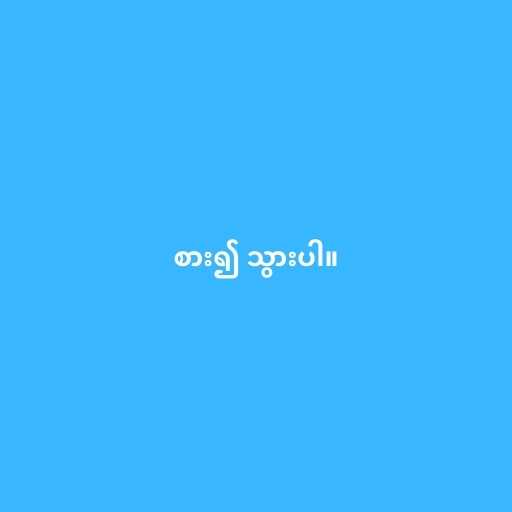
စား၍ သွားပါ။